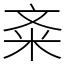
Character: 㪰